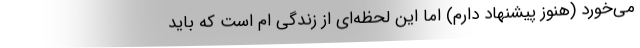
می‌خورد (هنوز پیشنهاد دارم) اما این لحظه‌ای از زندگی ام است که باید